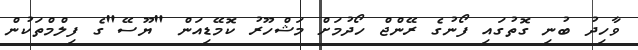
ވާހިދު ބުނި ގޮތުގައި ފޯނުގެ ރޭންޖް ހޯދުމަށް މަޝްހޫރު ކޮމޭޑިއަން "ޔޫސޭ"ގެ ފިލްމްތަކުން